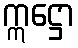
ဣဋ္ဌော